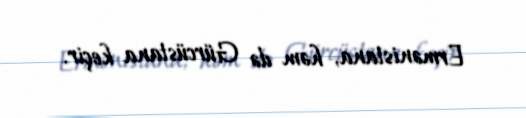
Ermənistana, həm də Gürcüstana keçir.